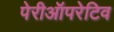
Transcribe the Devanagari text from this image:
पेरीऑपरेटिव